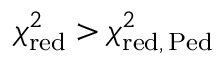
\chi _ { \mathrm { r e d } } ^ { 2 } > \chi _ { \mathrm { r e d , \, P e d } } ^ { 2 }